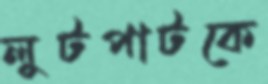
লুটপাটকে